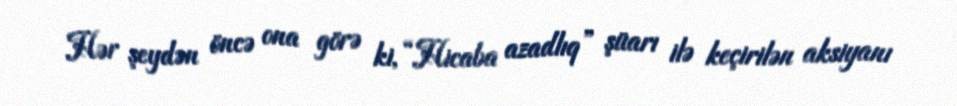
Hər şeydən öncə ona görə ki, “Hicaba azadlıq” şüarı ilə keçirilən aksiyanı